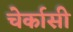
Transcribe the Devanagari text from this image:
चेर्कासी